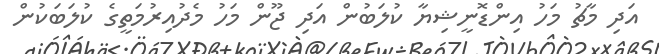
އަދި މާޗު މަހު އިންޑޮނީޝިޔާ ކުލަބުން އަދި ޖޫން މަހު މެދުއިރުމަތީގެ ކުލަބަކުން